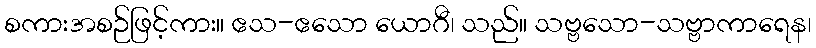
စကားအစဉ်ဖြင့်ကား။ ဧသ-ဧသော ယောဂီ၊ သည်။ သဗ္ဗသော-သဗ္ဗာကာရေန၊